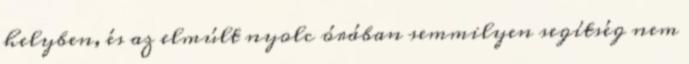
helyben, és az elmúlt nyolc órában semmilyen segítség nem